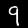
Digit: 9